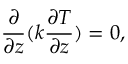
\frac { \partial } { \partial z } ( k \frac { \partial T } { \partial z } ) = 0 ,